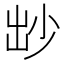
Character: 𡭱